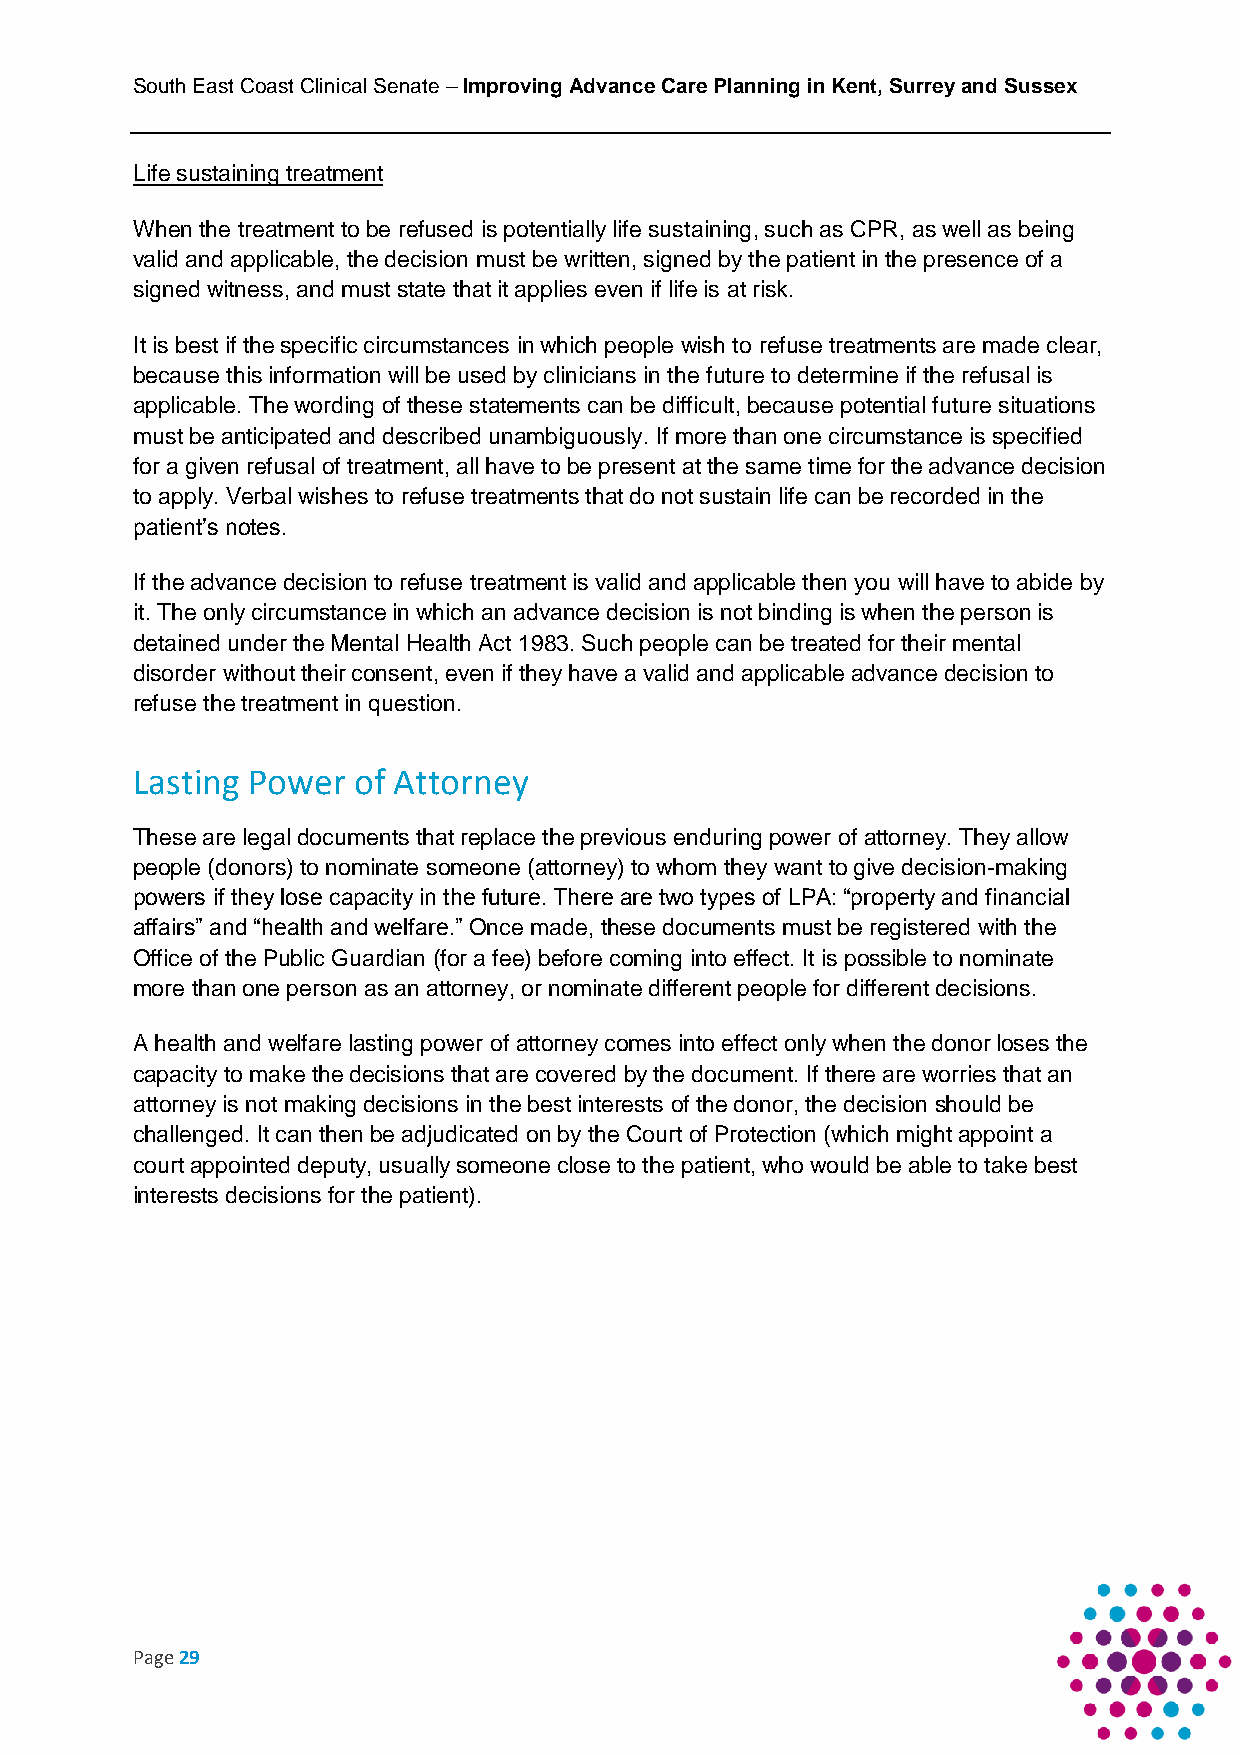
South East Coast Clinical Senate – Improving Advance Care Planning in Kent, Surrey and Sussex
 Life sustaining treatment
 When the treatment to be refused is potentially life sustaining, such as CPR, as well as being
 valid and applicable, the decision must be written, signed by the patient in the presence of a
 signed witness, and must state that it applies even if life is at risk.
 It is best if the specific circumstances in which people wish to refuse treatments are made clear,
 because this information will be used by clinicians in the future to determine if the refusal is
 applicable. The wording of these statements can be difficult, because potential future situations
 must be anticipated and described unambiguously. If more than one circumstance is specified
 for a given refusal of treatment, all have to be present at the same time for the advance decision
 to apply. Verbal wishes to refuse treatments that do not sustain life can be recorded in the
 patient’s notes.
 If the advance decision to refuse treatment is valid and applicable then you will have to abide by
 it. The only circumstance in which an advance decision is not binding is when the person is
 detained under the Mental Health Act 1983. Such people can be treated for their mental
 disorder without their consent, even if they have a valid and applicable advance decision to
 refuse the treatment in question.
 Lasting Power of Attorney
 These are legal documents that replace the previous enduring power of attorney. They allow
 people (donors) to nominate someone (attorney) to whom they want to give decision-making
 powers if they lose capacity in the future. There are two types of LPA: “property and financial
 affairs” and “health and welfare.” Once made, these documents must be registered with the
 Office of the Public Guardian (for a fee) before coming into effect. It is possible to nominate
 more than one person as an attorney, or nominate different people for different decisions.
 A health and welfare lasting power of attorney comes into effect only when the donor loses the
 capacity to make the decisions that are covered by the document. If there are worries that an
 attorney is not making decisions in the best interests of the donor, the decision should be
 challenged. It can then be adjudicated on by the Court of Protection (which might appoint a
 court appointed deputy, usually someone close to the patient, who would be able to take best
 interests decisions for the patient).
 Page 29